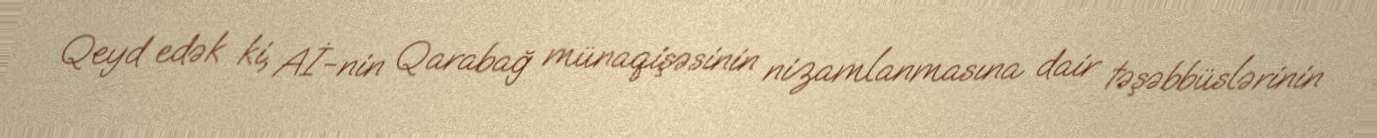
Qeyd edək ki, Aİ-nin Qarabağ münaqişəsinin nizamlanmasına dair təşəbbüslərinin